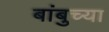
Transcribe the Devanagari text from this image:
बांबुच्या